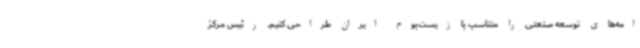
امه‌های توسعه صنعتی را متناسب با زیست‌بوم ایران طراحی کنیم. رئیس مرکز